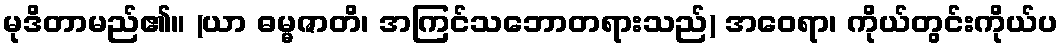
မုဒိတာမည်၏။ (ယာ ဓမ္မဇာတိ၊ အကြင်သဘောတရားသည်) အဝေရာ၊ ကိုယ်တွင်းကိုယ်ပ